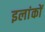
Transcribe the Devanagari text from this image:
इलांकों